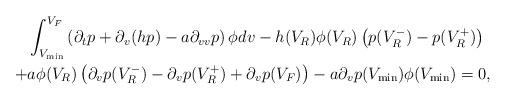
LaTeX: \begin{align*} \begin{aligned} &\int_{V_{\min}}^{V_{F}} \left(\partial_{t}p+\partial_{v}(hp)-a\partial_{v v}p\right)\phi dv-h(V_R)\phi(V_R)\left(p(V_R^-)-p(V_R^+)\right)\\ +&a\phi(V_R)\left(\partial_vp(V_R^-)-\partial_vp(V_R^+)+\partial_vp(V_F)\right)-a\partial_vp(V_{\min})\phi(V_{\min})=0, \end{aligned}\end{align*}